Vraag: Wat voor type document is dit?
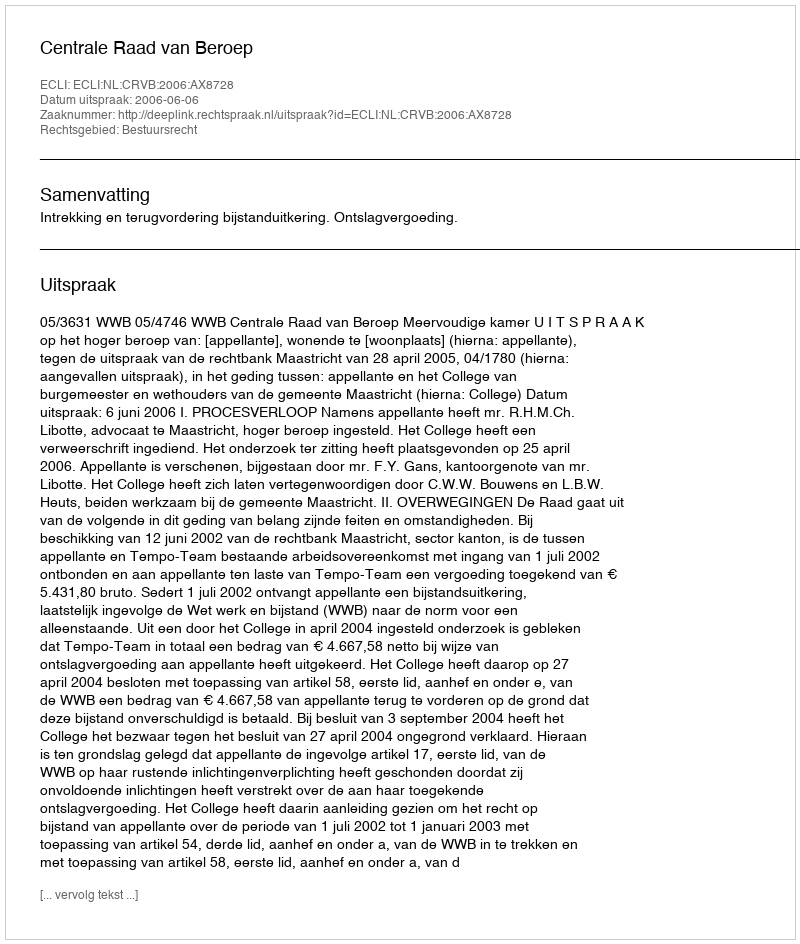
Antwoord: Uitspraak